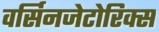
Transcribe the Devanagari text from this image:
वर्सिनजेटोरिक्स